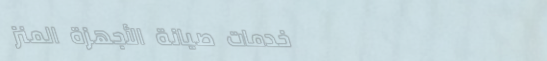
خدمات صيانة الأجهزة المنز